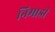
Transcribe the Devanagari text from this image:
निमाडी